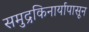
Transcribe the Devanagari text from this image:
समुद्रकिनार्यापासून